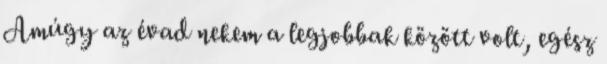
Amúgy az évad nekem a legjobbak között volt, egész